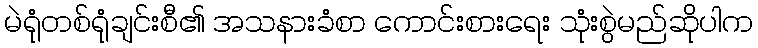
မဲရုံတစ်ရုံချင်းစီ၏ အသနားခံစာ ကောင်းစားရေး သုံးစွဲမည်ဆိုပါက